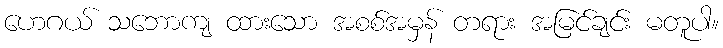
ဟေဂယ် သဘောကျ ထားသော အစစ်အမှန် တရား အမြင်ချင်း မတူပါ။